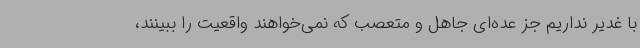
با غدیر نداریم جز عده‌ای جاهل و متعصب که نمی‌خواهند واقعیت را ببینند،